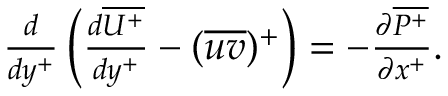
\begin{array} { r } { \frac { d } { d y ^ { + } } \left( \frac { d \overline { { U ^ { + } } } } { d y ^ { + } } - ( \overline { { u v } } ) ^ { + } \right) = - \frac { \partial \overline { { P ^ { + } } } } { \partial x ^ { + } } . } \end{array}